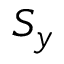
S _ { y }